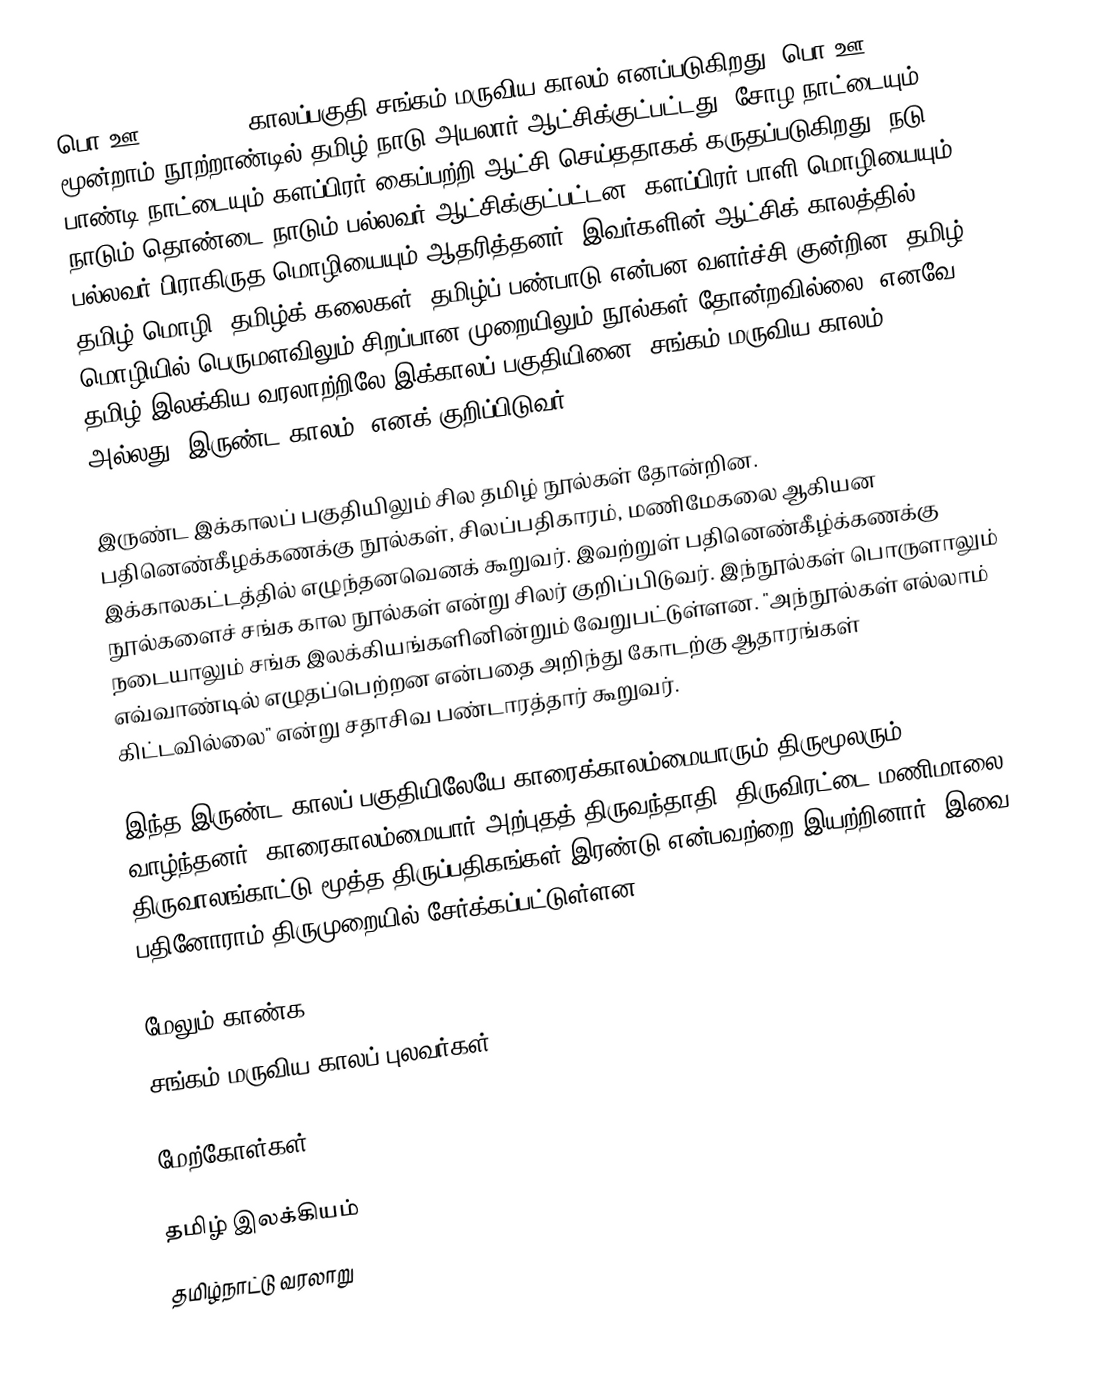
பொ.ஊ. 300 - 600 காலப்பகுதி சங்கம் மருவிய காலம் எனப்படுகிறது. பொ.ஊ. மூன்றாம் நூற்றாண்டில் தமிழ் நாடு அயலார் ஆட்சிக்குட்பட்டது. சோழ நாட்டையும் பாண்டி நாட்டையும் களப்பிரர் கைப்பற்றி ஆட்சி செய்ததாகக் கருதப்படுகிறது. நடு நாடும் தொண்டை நாடும் பல்லவர் ஆட்சிக்குட்பட்டன. களப்பிரர் பாளி மொழியையும் பல்லவர் பிராகிருத மொழியையும் ஆதரித்தனர். இவர்களின் ஆட்சிக் காலத்தில் தமிழ் மொழி, தமிழ்க் கலைகள், தமிழ்ப் பண்பாடு என்பன வளர்ச்சி குன்றின. தமிழ் மொழியில் பெருமளவிலும் சிறப்பான முறையிலும் நூல்கள் தோன்றவில்லை. எனவே, தமிழ் இலக்கிய வரலாற்றிலே இக்காலப் பகுதியினை "சங்கம் மருவிய காலம்" அல்லது "இருண்ட காலம்" எனக் குறிப்பிடுவர்.

இருண்ட இக்காலப் பகுதியிலும் சில தமிழ் நூல்கள் தோன்றின. பதினெண்கீழக்கணக்கு நூல்கள், சிலப்பதிகாரம், மணிமேகலை ஆகியன இக்காலகட்டத்தில் எழுந்தனவெனக் கூறுவர். இவற்றுள் பதினெண்கீழ்க்கணக்கு நூல்களைச் சங்க கால நூல்கள் என்று சிலர் குறிப்பிடுவர். இந்நூல்கள் பொருளாலும் நடையாலும் சங்க இலக்கியங்களினின்றும் வேறுபட்டுள்ளன. "அந்நூல்கள் எல்லாம் எவ்வாண்டில் எழுதப்பெற்றன என்பதை அறிந்து கோடற்கு ஆதாரங்கள் கிட்டவில்லை" என்று சதாசிவ பண்டாரத்தார் கூறுவர்.

இந்த இருண்ட காலப் பகுதியிலேயே காரைக்காலம்மையாரும் திருமூலரும் வாழ்ந்தனர். காரைகாலம்மையார் அற்புதத் திருவந்தாதி, திருவிரட்டை மணிமாலை, திருவாலங்காட்டு மூத்த திருப்பதிகங்கள் இரண்டு என்பவற்றை இயற்றினார். இவை பதினோராம் திருமுறையில் சேர்க்கப்பட்டுள்ளன.

மேலும் காண்க
சங்கம் மருவிய காலப் புலவர்கள்

மேற்கோள்கள்

தமிழ் இலக்கியம்
தமிழ்நாட்டு வரலாறு